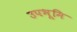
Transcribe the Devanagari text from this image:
उपभूमि